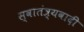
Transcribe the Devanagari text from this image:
स्वातंत्र्यवादी